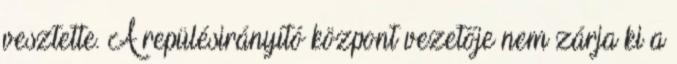
vesztette. A repülésirányító központ vezetője nem zárja ki a